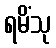
ရမိံသု